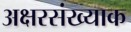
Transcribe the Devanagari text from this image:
अक्षरसंख्याक